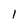
Character: I